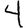
Digit: 4